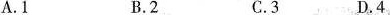
A.1 B.2 C.3 D.4